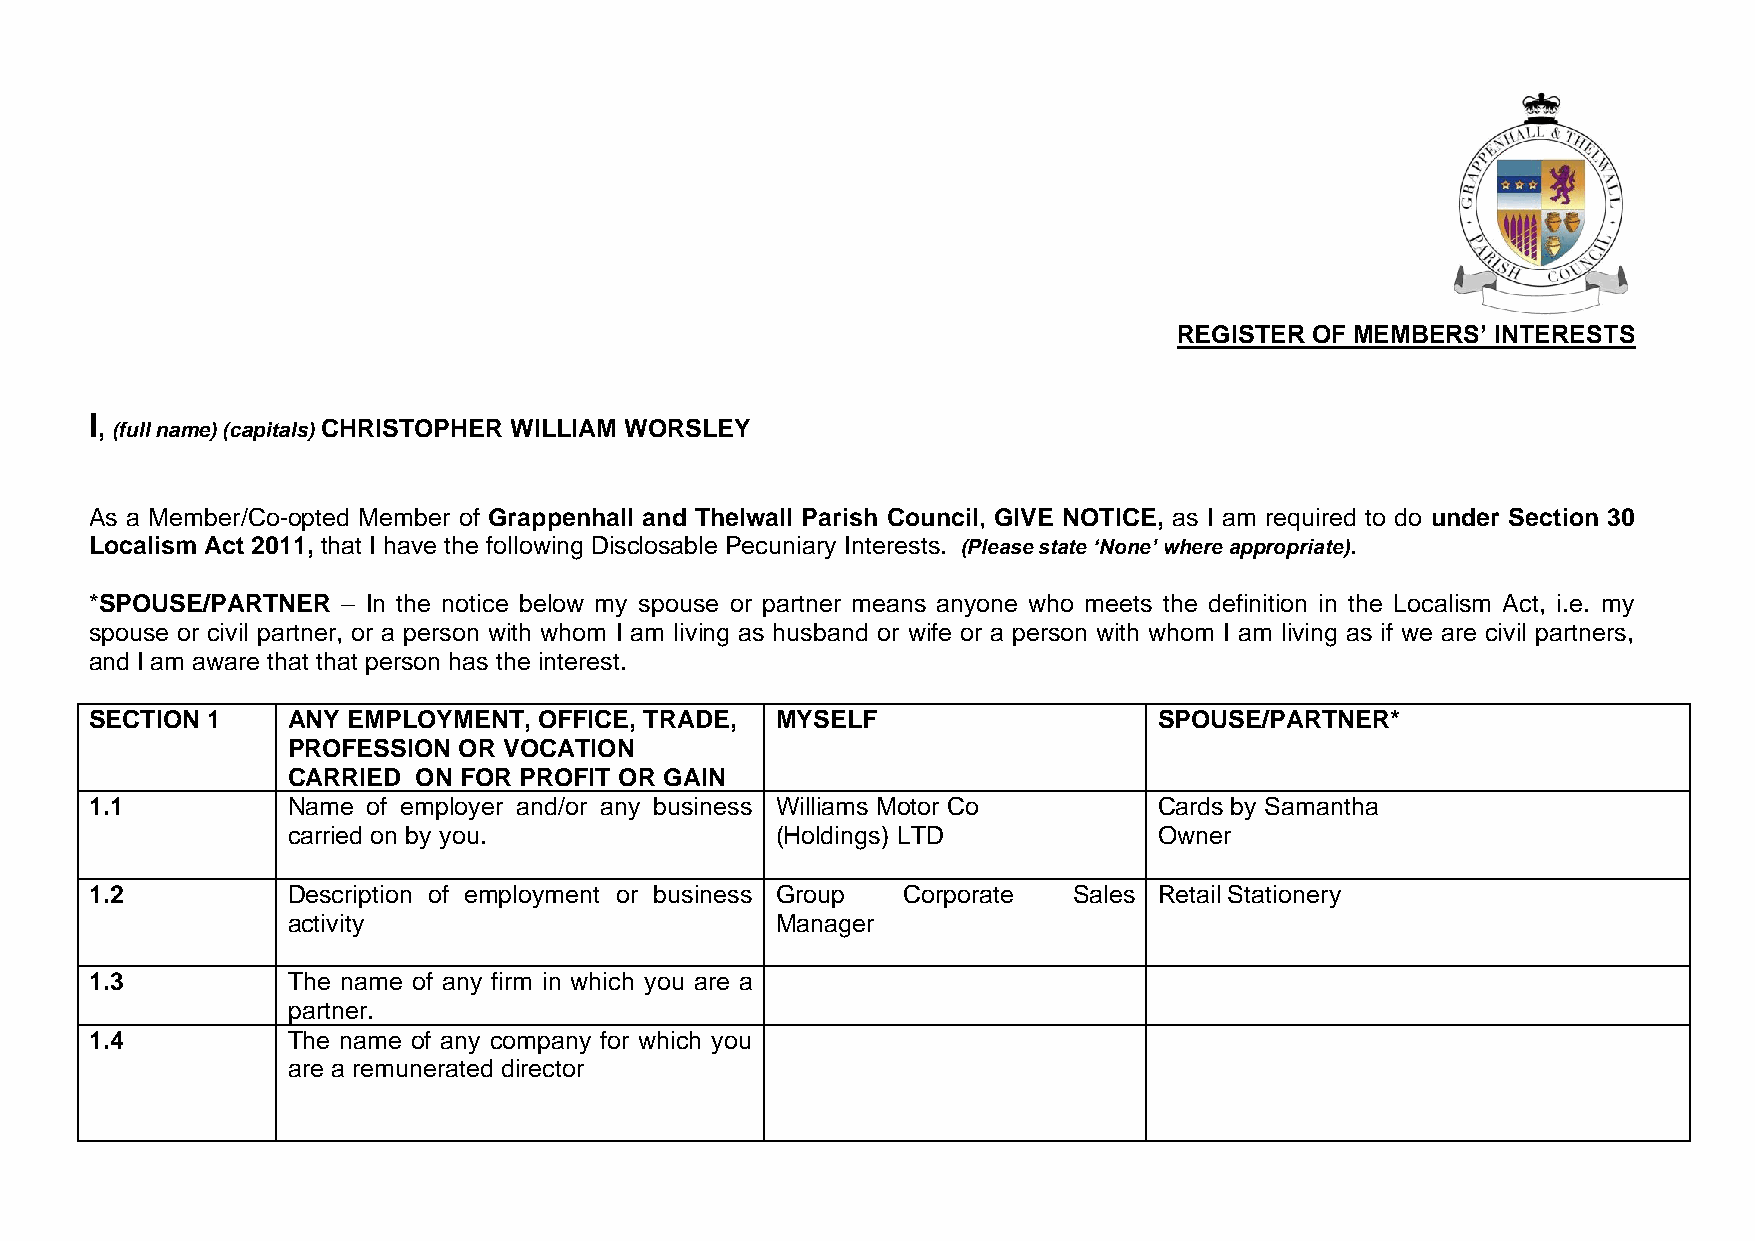
REGISTER OF MEMBERS’ INTERESTS
 I
 , (full name) (capitals) CHRISTOPHER WILLIAM WORSLEY
 As a Member/Co-opted Member of Grappenhall and Thelwall Parish Council, GIVE NOTICE, as I am required to do under Section 30
 Localism Act 2011, that I have the following Disclosable Pecuniary Interests. (Please state ‘None’ where appropriate).
 *SPOUSE/PARTNER  – In the notice below my spouse or partner means anyone who meets the definition in the Localism Act, i.e. my
 spouse or civil partner, or a person with whom I am living as husband or wife or a person with whom I am living as if we are civil partners,
 and I am aware that that person has the interest.
 SECTION 1    ANY EMPLOYMENT,  OFFICE, TRADE, MYSELF                    SPOUSE/PARTNER*
 PROFESSION OR VOCATION
 CARRIED ON FOR PROFIT OR GAIN
 1.1          Name of employer and/or any business Williams Motor Co    Cards by Samantha
 carried on by you.              (Holdings) LTD            Owner
 1.2          Description of employment or business Group Corporate Sales Retail Stationery
 activity                        Manager
 1.3          The name of any firm in which you are a
 partner.
 1.4          The name of any company for which you
 are a remunerated director